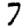
Digit: 7